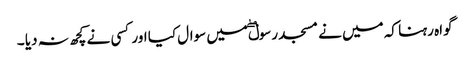
گواہ رہنا کہ میں نے مسجد رسولۖ میں سوال کیا اور کسی نے کچھ نہ دیا ۔